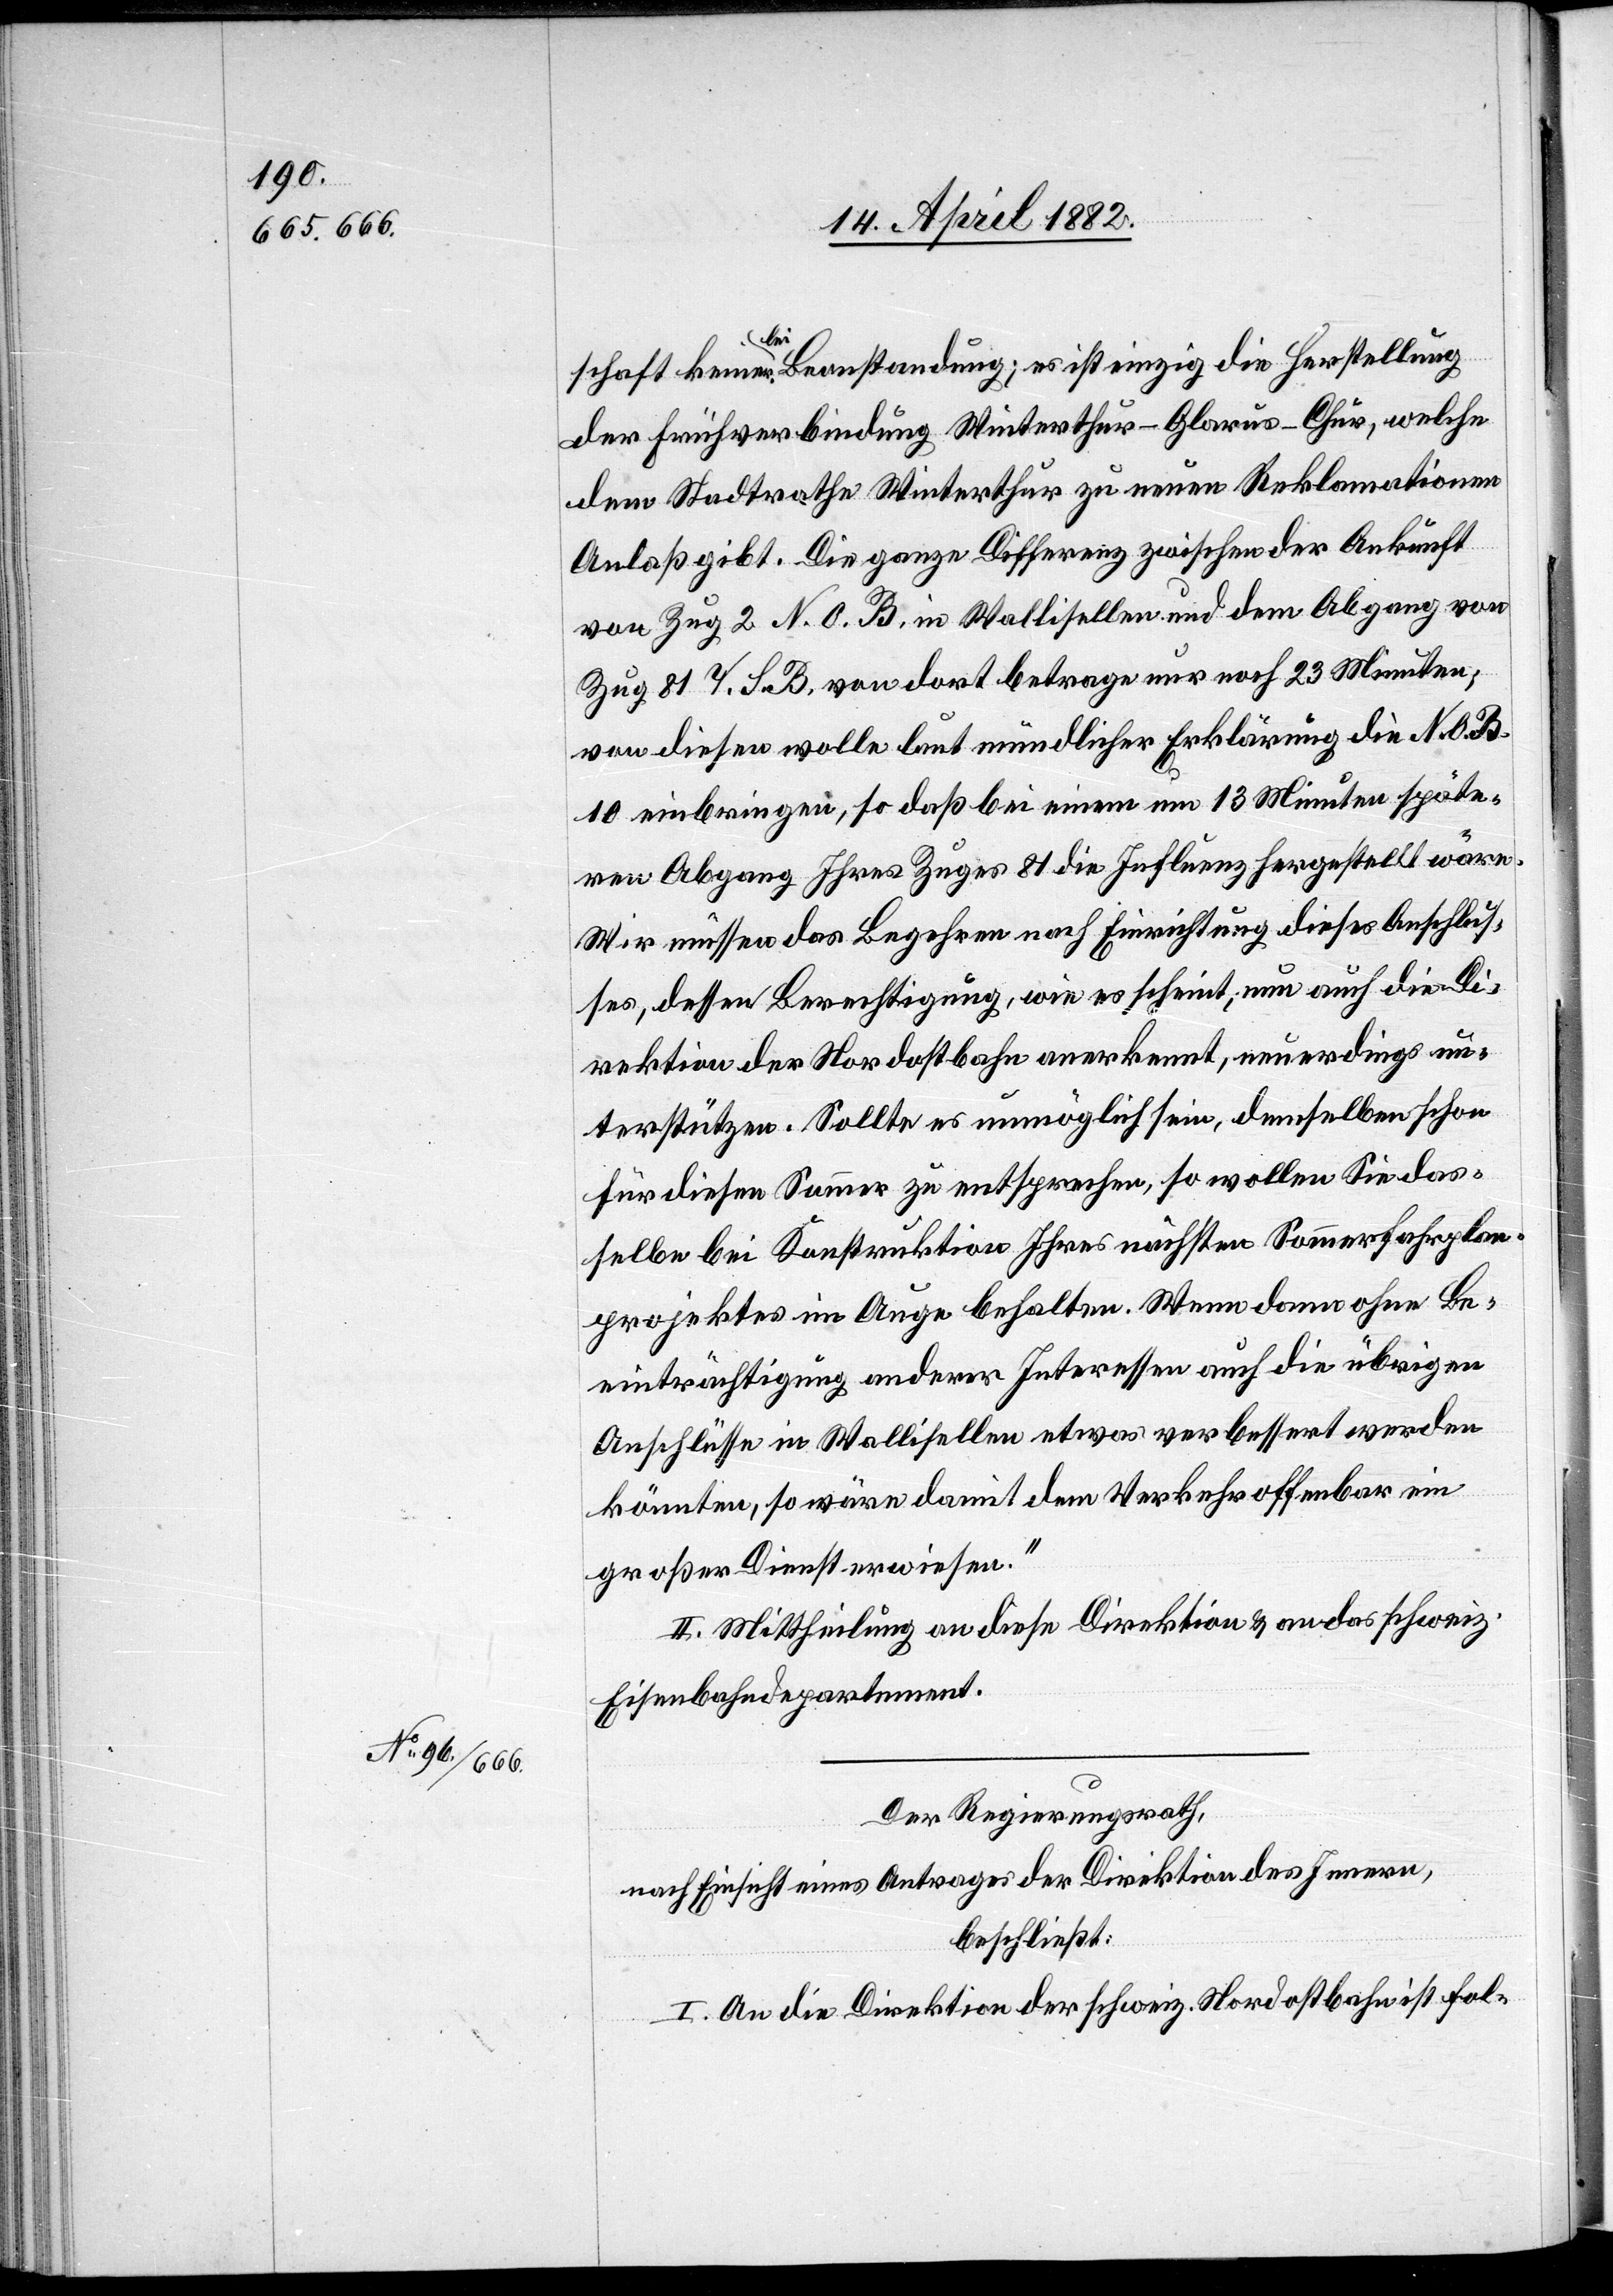
schaft keinerlei Beanstandung; es ist einzig die Herstellung
der Frühverbindung Winterthur–Glarus–Chur, welche
dem Stadtrathe Winterthur zu neuen Reklamationen
Anlaß gibt. Die ganze Differenz zwischen der Ankunft
von Zug 2 N. O. B. in Wallisellen und dem Abgang von
Zug 81 V. S. B. von dort betrage nur noch 23 Minuten;
von diesen wolle laut mündlicher Erklärung die N. O. B.
10 einbringen, so daß bei einem um 13 Minuten späte¬
ren Abgang Ihres Zuges 81 die Influenz hergestellt wäre.
Wir müssen das Begehren nach Einrichtung dieses Anschlus¬
ses, dessen Berechtigung, wie es scheint, nun auch die Di¬
rektion der Nordostbahn anerkennt, neuerdings un¬
terstützen. Sollte es unmöglich sein, demselben schon
für diesen Sommer zu entsprechen, so wollen Sie das¬
selbe bei Konstruktion Ihres nächsten Sommerfahrplan¬
projektes im Auge behalten. Wenn dann ohne Be¬
einträchtigung anderer Interessen auch die übrigen
Anschlüsse in Wallisellen etwas verbessert werden
könnten, so wäre damit dem Verkehr offenbar ein
großer Dienst erwiesen.“
II. Mittheilung an diese Direktion & an das schweiz.
Eisenbahndepartement.
Der Regierungsrath,
nach Einsicht eines Antrages der Direktion des Innern,
beschließt:
I. An die Direktion der schweiz. Nordostbahn ist fol-